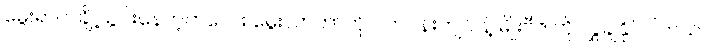
မွေးရာပါ ချို့ယွင်းနေတဲ့ကလေး မွေးလာတာကို ပတ်ဝန်းကျင် နဲ့ မျိုးဗီဇ ကို လွှဲချနိုင်ပါတယ်။